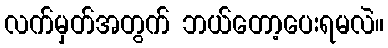
လက်မှတ်အတွက် ဘယ်တော့ပေးရမလဲ။